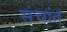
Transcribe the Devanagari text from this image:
संचांत